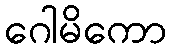
ဂေါမိကော